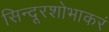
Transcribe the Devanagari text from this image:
सिन्दूरशोभाकरं